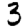
Digit: 3